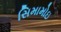
સિમામોઇ